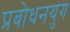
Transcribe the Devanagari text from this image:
प्रबोधनयुग